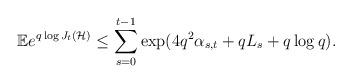
LaTeX: \begin{align*}\mathbb{E}e^{q \log J_t(\mathcal{H})} \leq \sum_{s=0}^{t-1} \exp(4q^2 \alpha_{s,t} + q L_s + q \log q).\end{align*}